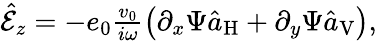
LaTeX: \begin{array}{r}{\hat{\mathcal{E}}_{z}=-e_{0}\frac{v_{0}}{i\omega}\left(\partial_{x}\Psi\hat{a}_{\mathrm{H}}+\partial_{y}\Psi\hat{a}_{\mathrm{V}}\right),}\end{array}